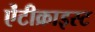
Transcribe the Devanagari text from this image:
ऐंटीक्राइस्ट